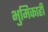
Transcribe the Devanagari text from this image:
भुमिकाही